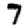
Digit: 7